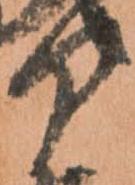
部